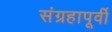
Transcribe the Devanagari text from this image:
संग्रहापूर्वी